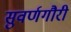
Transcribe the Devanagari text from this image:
सुवर्णगौरी